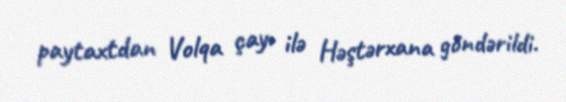
paytaxtdan Volqa çayı ilə Həştərxana göndərildi.